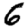
Digit: 6